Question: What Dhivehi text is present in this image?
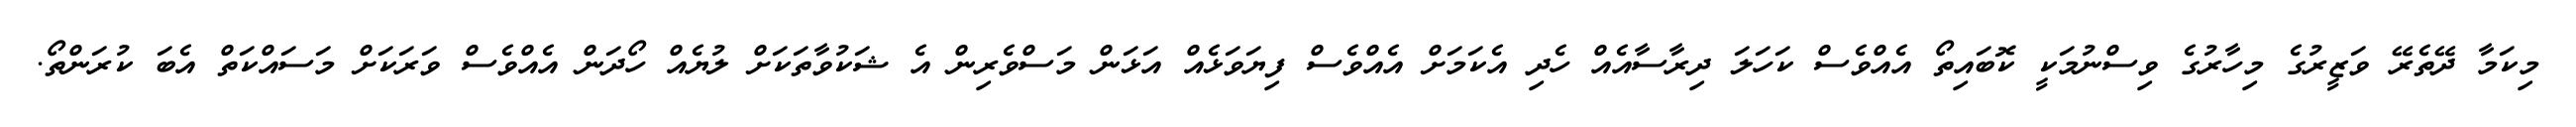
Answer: މިކަމާ ދޭތެރޭ ވަޒީރުގެ މިހާރުގެ ވިސްނުމަކީ ކޮބައިތޯ އެއްވެސް ކަހަލަ ދިރާސާއެއް ހެދި އެކަމަށް އެއްވެސް ފިޔަވަޅެއް އަޅަން މަސްވެރިން އެ ޝަކުވާތަކަށް ލުޔެއް ހޯދަން އެއްވެސް ވަރަކަށް މަސައްކަތް އެބަ ކުރަންތޯ.